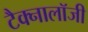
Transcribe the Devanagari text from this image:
टैक्नालॉजी